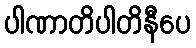
ပါဏာတိပါတိနီပေ